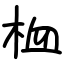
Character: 桖